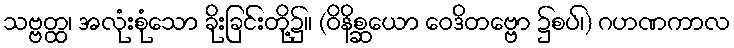
သဗ္ဗတ္ထ၊ အလုံးစုံသော ခိုးခြင်းတို့၌။ (ဝိနိစ္ဆယော ဝေဒိတဗ္ဗော ၌စပ်၊) ဂဟဏကာလ